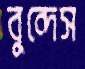
বুন্দেস